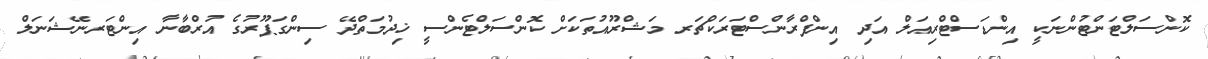
ކޮންސަލްޓަންޓުންނަކީ އިންޑަސްޓްރިއަލް އަދި އިންފްރާންސްޓަރަކްޗަރ މަޝްރޫއުތަކަށް ކޮންސަލްޓެންސީ ޚިދުމަތްދޭ ސިންގަޕޫރުގެ އުރްބާނާ އިންޓަރނޭޝަނަލް